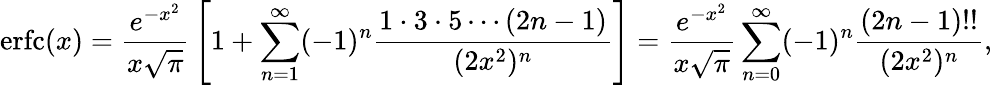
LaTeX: \operatorname{erfc}(x)={\frac{e^{-x^{2}}}{x{\sqrt{\pi}}}}\left[1+\sum_{n=1}^{\infty}(-1)^{n}{\frac{1\cdot 3\cdot 5\cdots(2n-1)}{(2x^{2})^{n}}}\right]={\frac{e^{-x^{2}}}{x{\sqrt{\pi}}}}\sum_{n=0}^{\infty}(-1)^{n}{\frac{(2n-1)!!}{(2x^{2})^{n}}},